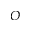
{ \cal O }